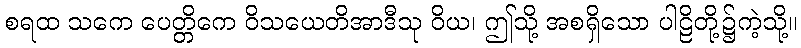
စရထ သကေ ပေတ္တိကေ ဝိသယေတိအာဒီသု ဝိယ၊ ဤသို့ အစရှိသော ပါဠိတို့၌ကဲ့သို့။